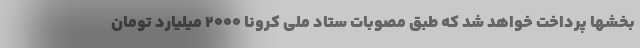
بخشها پرداخت خواهد شد که طبق مصوبات ستاد ملی کرونا ۲۰۰۰ میلیارد تومان